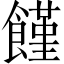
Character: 饉